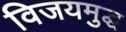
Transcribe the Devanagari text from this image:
विजयमुद्ध